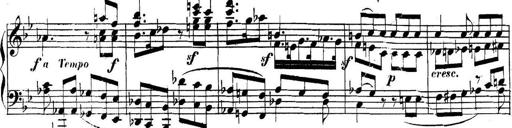
Title: Collected Piano Sonatas
Composer: Muzio Clementi